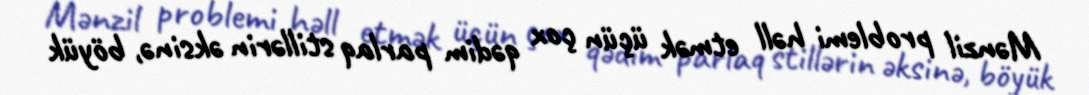
Mənzil problemi həll etmək üçün çox qədim parlaq stillərin əksinə, böyük